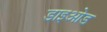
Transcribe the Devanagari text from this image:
डाइओड